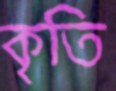
কৃতি